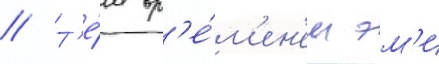
// Т'е́м вр'е́м'ен'ем эм'и